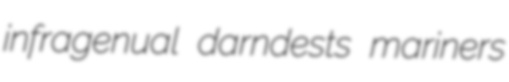
infragenual darndests mariners